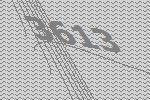
3613